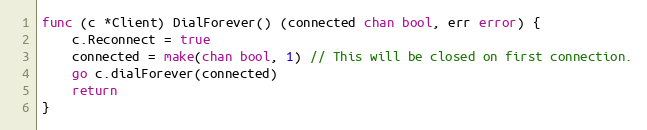
Language: Go
func (c *Client) DialForever() (connected chan bool, err error) {
	c.Reconnect = true
	connected = make(chan bool, 1) // This will be closed on first connection.
	go c.dialForever(connected)
	return
}